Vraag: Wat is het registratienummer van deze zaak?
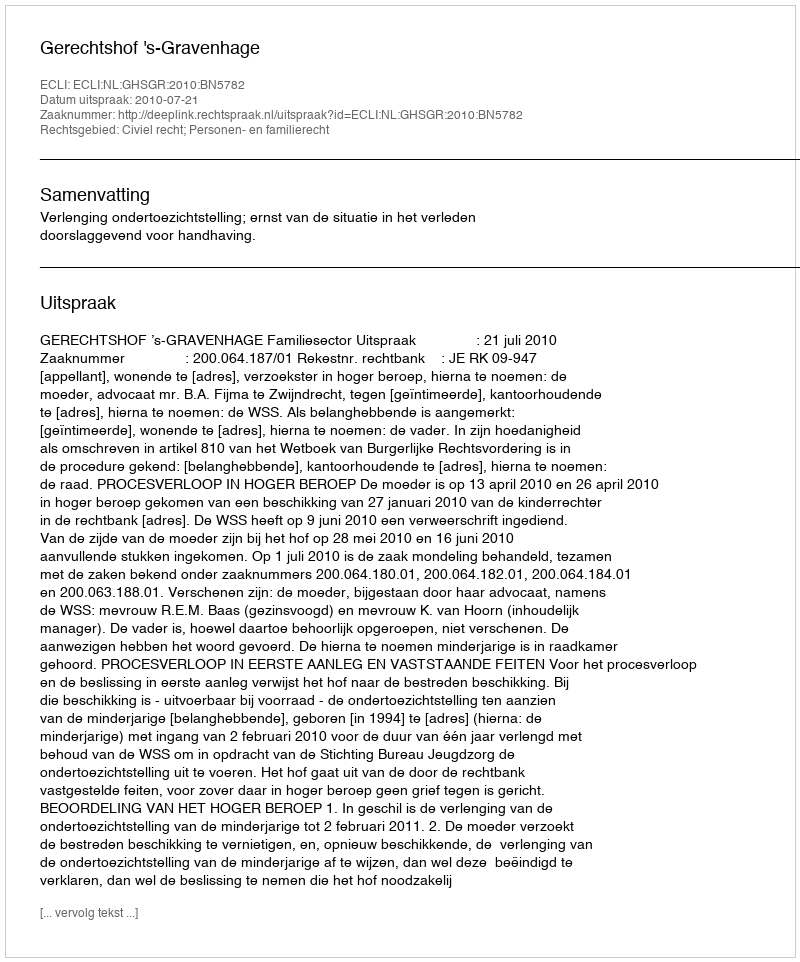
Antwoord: http://deeplink.rechtspraak.nl/uitspraak?id=ECLI:NL:GHSGR:2010:BN5782